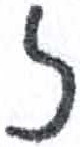
אות: ז